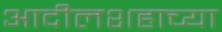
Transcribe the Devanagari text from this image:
आदीलशहाच्या